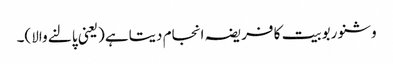
وشنو ربوبیت کا فریضہ انجام دیتاہے (یعنی پالنے والا)۔